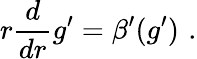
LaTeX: r\frac{d}{dr}g^{\prime}=\beta^{\prime}(g^{\prime})\, \, .